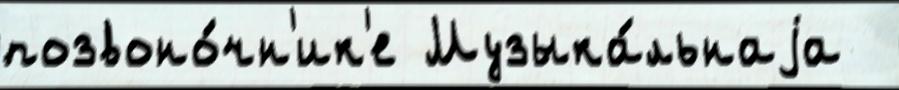
позвоно́чн'ик'е Музыка́льнаjа